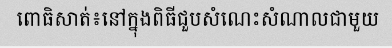
ពោធិសាត់៖នៅក្នុងពិធីជួបសំណេះសំណាលជាមួយ